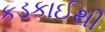
કડકાઈથી